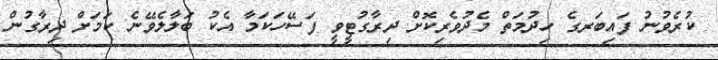
ކުރެވުނު ފައިބަރގެ ހިދުމަތް މެދުވެރިކޮށް ދިރާގުޓީވީ ފަސޭހަކަމާ އެކު ބަލާލެވޭނެ ކަމަށް ދިރާގުން